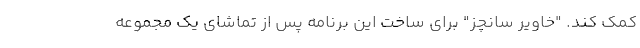
کمک کند. "خاویر سانچز" برای ساخت این برنامه پس از تماشای یک مجموعه